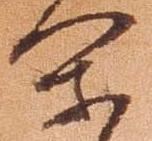
閑